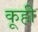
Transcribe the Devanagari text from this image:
कूही